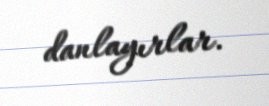
danlayırlar.